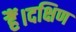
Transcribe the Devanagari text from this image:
हैं।दक्षिण